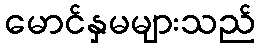
မောင်နှမများသည်